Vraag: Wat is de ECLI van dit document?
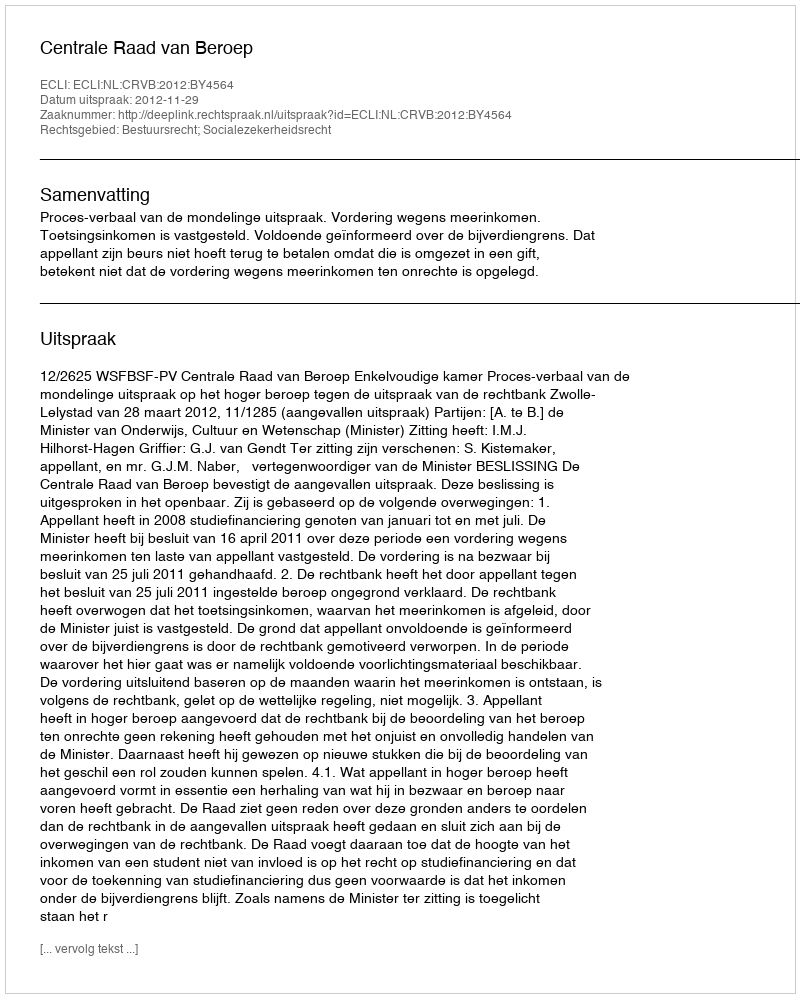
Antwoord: ECLI:NL:CRVB:2012:BY4564